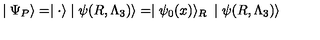
\mid \Psi _ { P } \rangle = \mid { \bf \cdot } \rangle \mid \psi ( R , \Lambda _ { 3 } ) \rangle = \mid \psi _ { 0 } ( x ) \rangle _ { R } \: \mid \psi ( R , \Lambda _ { 3 } ) \rangle